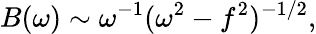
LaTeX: B(\omega)\sim\omega^{-1}(\omega^{2}-f^{2})^{-1/2},